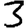
Digit: 3